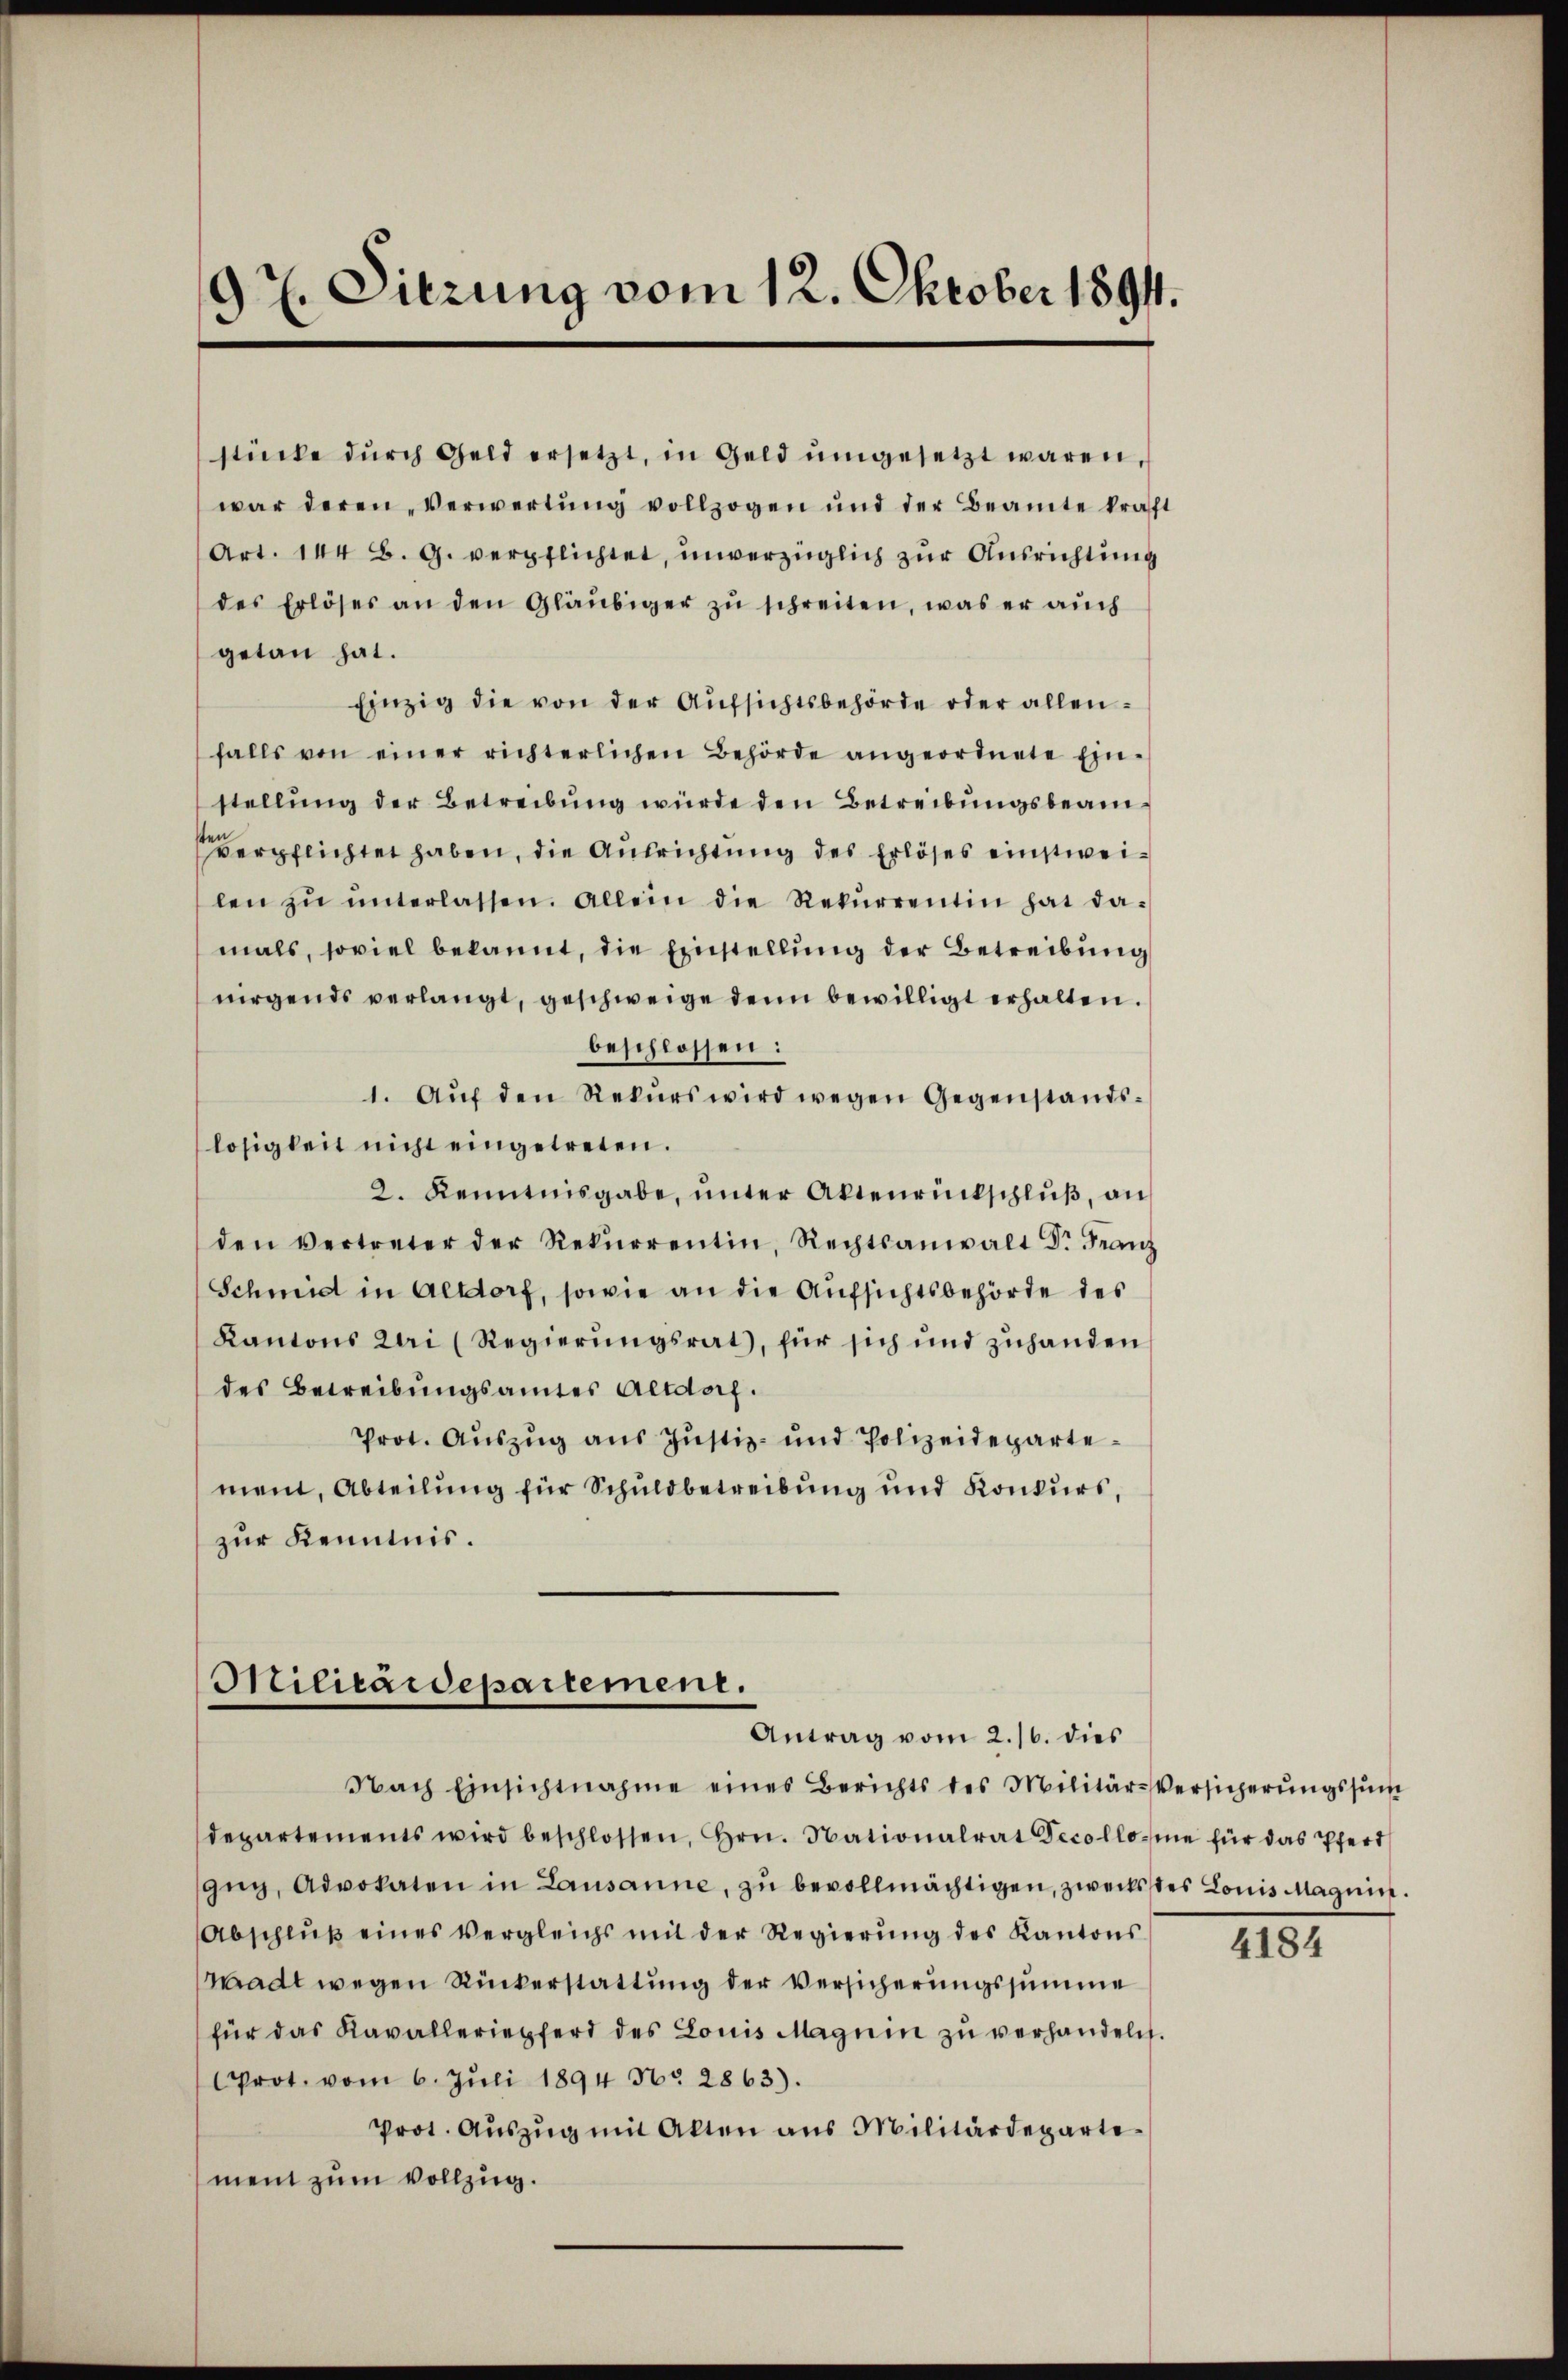
9t. Sitzung vom 12. Oktober 1891.

stücke dŭrch Geld ersetzt, in Geld ŭmgesetzt waren,
war deren Verwertŭng vollzogen und der Beamte kraft
Art. 144 B. G. verpflichtet, unverzüglich zur Ausrichtung
des Erlöses an den Gläubiger zu schreiten, was er auch
getan hat.
Einzig die von der Aufsichtsbehörde oder allen
falls von einer richterlichen Behörde angeordnete Ein-
stellung der Betreibung würde den Betreibungsbeam¬
 verpflichtet haben, die Ausrichtung des Erlöses einstweilen zŭ ŭnterlassen. Allein die Rekŭrrentin hat da-
mals, soviel bekannt, die Einstellung der Betreibung
nirgends verlangt, geschweige denn bewilligt erhalten.
beschlossen:
1. Aŭf den Rekŭrs wird wegen Gegenstands-
losigkeit nicht eingetreten.
2. Kenntnisgabe, unter Aktenrückschluß, an
den vertreter der Rekŭrrentin, Rechtsanwalt Dr. Franz
Schmid in Altdorf, sowie an die Aufsichtsbehörde des
Kantons Uri (Regierungsrat, für sich und zuhanden
des Betreibungsamtes Altdorf.
Prot. Auszug aus Justiz- und Polizeidepartement, Abteilung für Schuldbetreibung und Konkurs,
zur Kenntnis.

Militärdepartement.
Antrag vom 2./6. dies

Nach Einsichtnahme eines Berichts des Militär-Versicherungssum
departements wird beschlossen, Hrn. Nationalrat Decollome für das Pferd
gŭg, Advokaten in Lausanne, zŭ bevollmächtigen, zwecks des Louis Magnin.
Abschlŭβ eines Vergleichs mit der Regierŭng des Kantons
madt wegen Rückerstattung der Versicherungssumme
für das Kavalleriepferd des Louis Magnin zŭ verhandeln.
Grot. vom 6. Jŭli 1894 Nr. 2863).
Prot. Aŭszŭg mit Akten aus Militärdeparte-
ment zum Vollzug.

4184